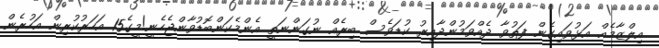
އިލްޒާމެއް އަޅުވައިގެން ފަތުވާ ދެއްވަމުންދާއިރު ކުޑަވެސް ބިރެއް ނުގަންނަތީ އެންމެކަންބޮޑުވާންޖެހެނީ!މީގެ15 އަހަރުކުރިން އަހުރެން